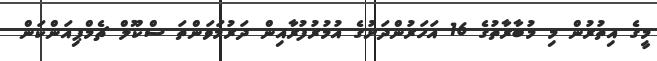
މީގެ އިތުރުން މި މުބާރާތުގެ 16 އަހަރުންދަށުގެ އުމުރުފުރާއިން ދަރުމަވަންތަ ސްކޫލް ޗެމްޕިއަންކަން